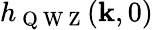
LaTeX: h_{\mathrm{~Q~W~Z~}}(\mathbf{k},0)